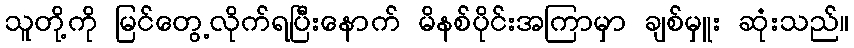
သူတို့ကို မြင်တွေ့လိုက်ရပြီးနောက် မိနစ်ပိုင်းအကြာမှာ ချစ်မှူး ဆုံးသည်။